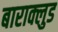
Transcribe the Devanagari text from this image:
बाराक्लुड